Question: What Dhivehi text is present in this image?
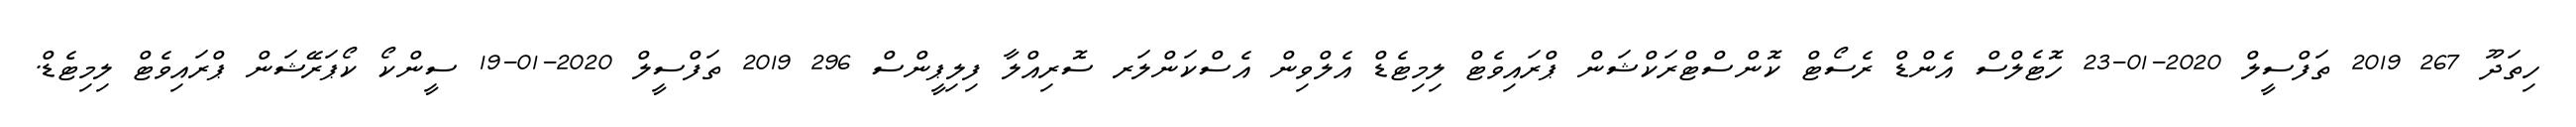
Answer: ހިތަދޫ 267 2019 ތަފްސީލް 2020-01-23 ހޮޓެލްސް އެންޑް ރެސޯޓް ކޮންސްޓްރަކްޝަން ޕްރައިވެޓް ލިމިޓެޑް އެލްވިން އެސްކަންލަރ ސޮރިއްލާ ފިލިޕީންސް 296 2019 ތަފްސީލް 2020-01-19 ސީންކޯ ކޯޕަރޭޝަން ޕްރައިވެޓް ލިމިޓެޑް.